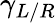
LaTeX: \gamma_{L/R}